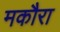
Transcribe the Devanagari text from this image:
मकौरा